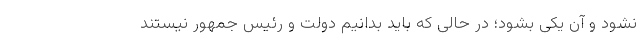
نشود و آن یکی بشود؛ در حالی که باید بدانیم دولت و رئیس جمهور نیستند